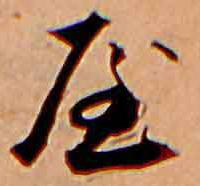
屋